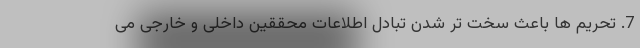
7. تحریم ها باعث سخت تر شدن تبادل اطلاعات محققین داخلی و خارجی می